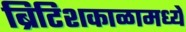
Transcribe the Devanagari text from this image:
ब्रिटिशकाळामध्ये